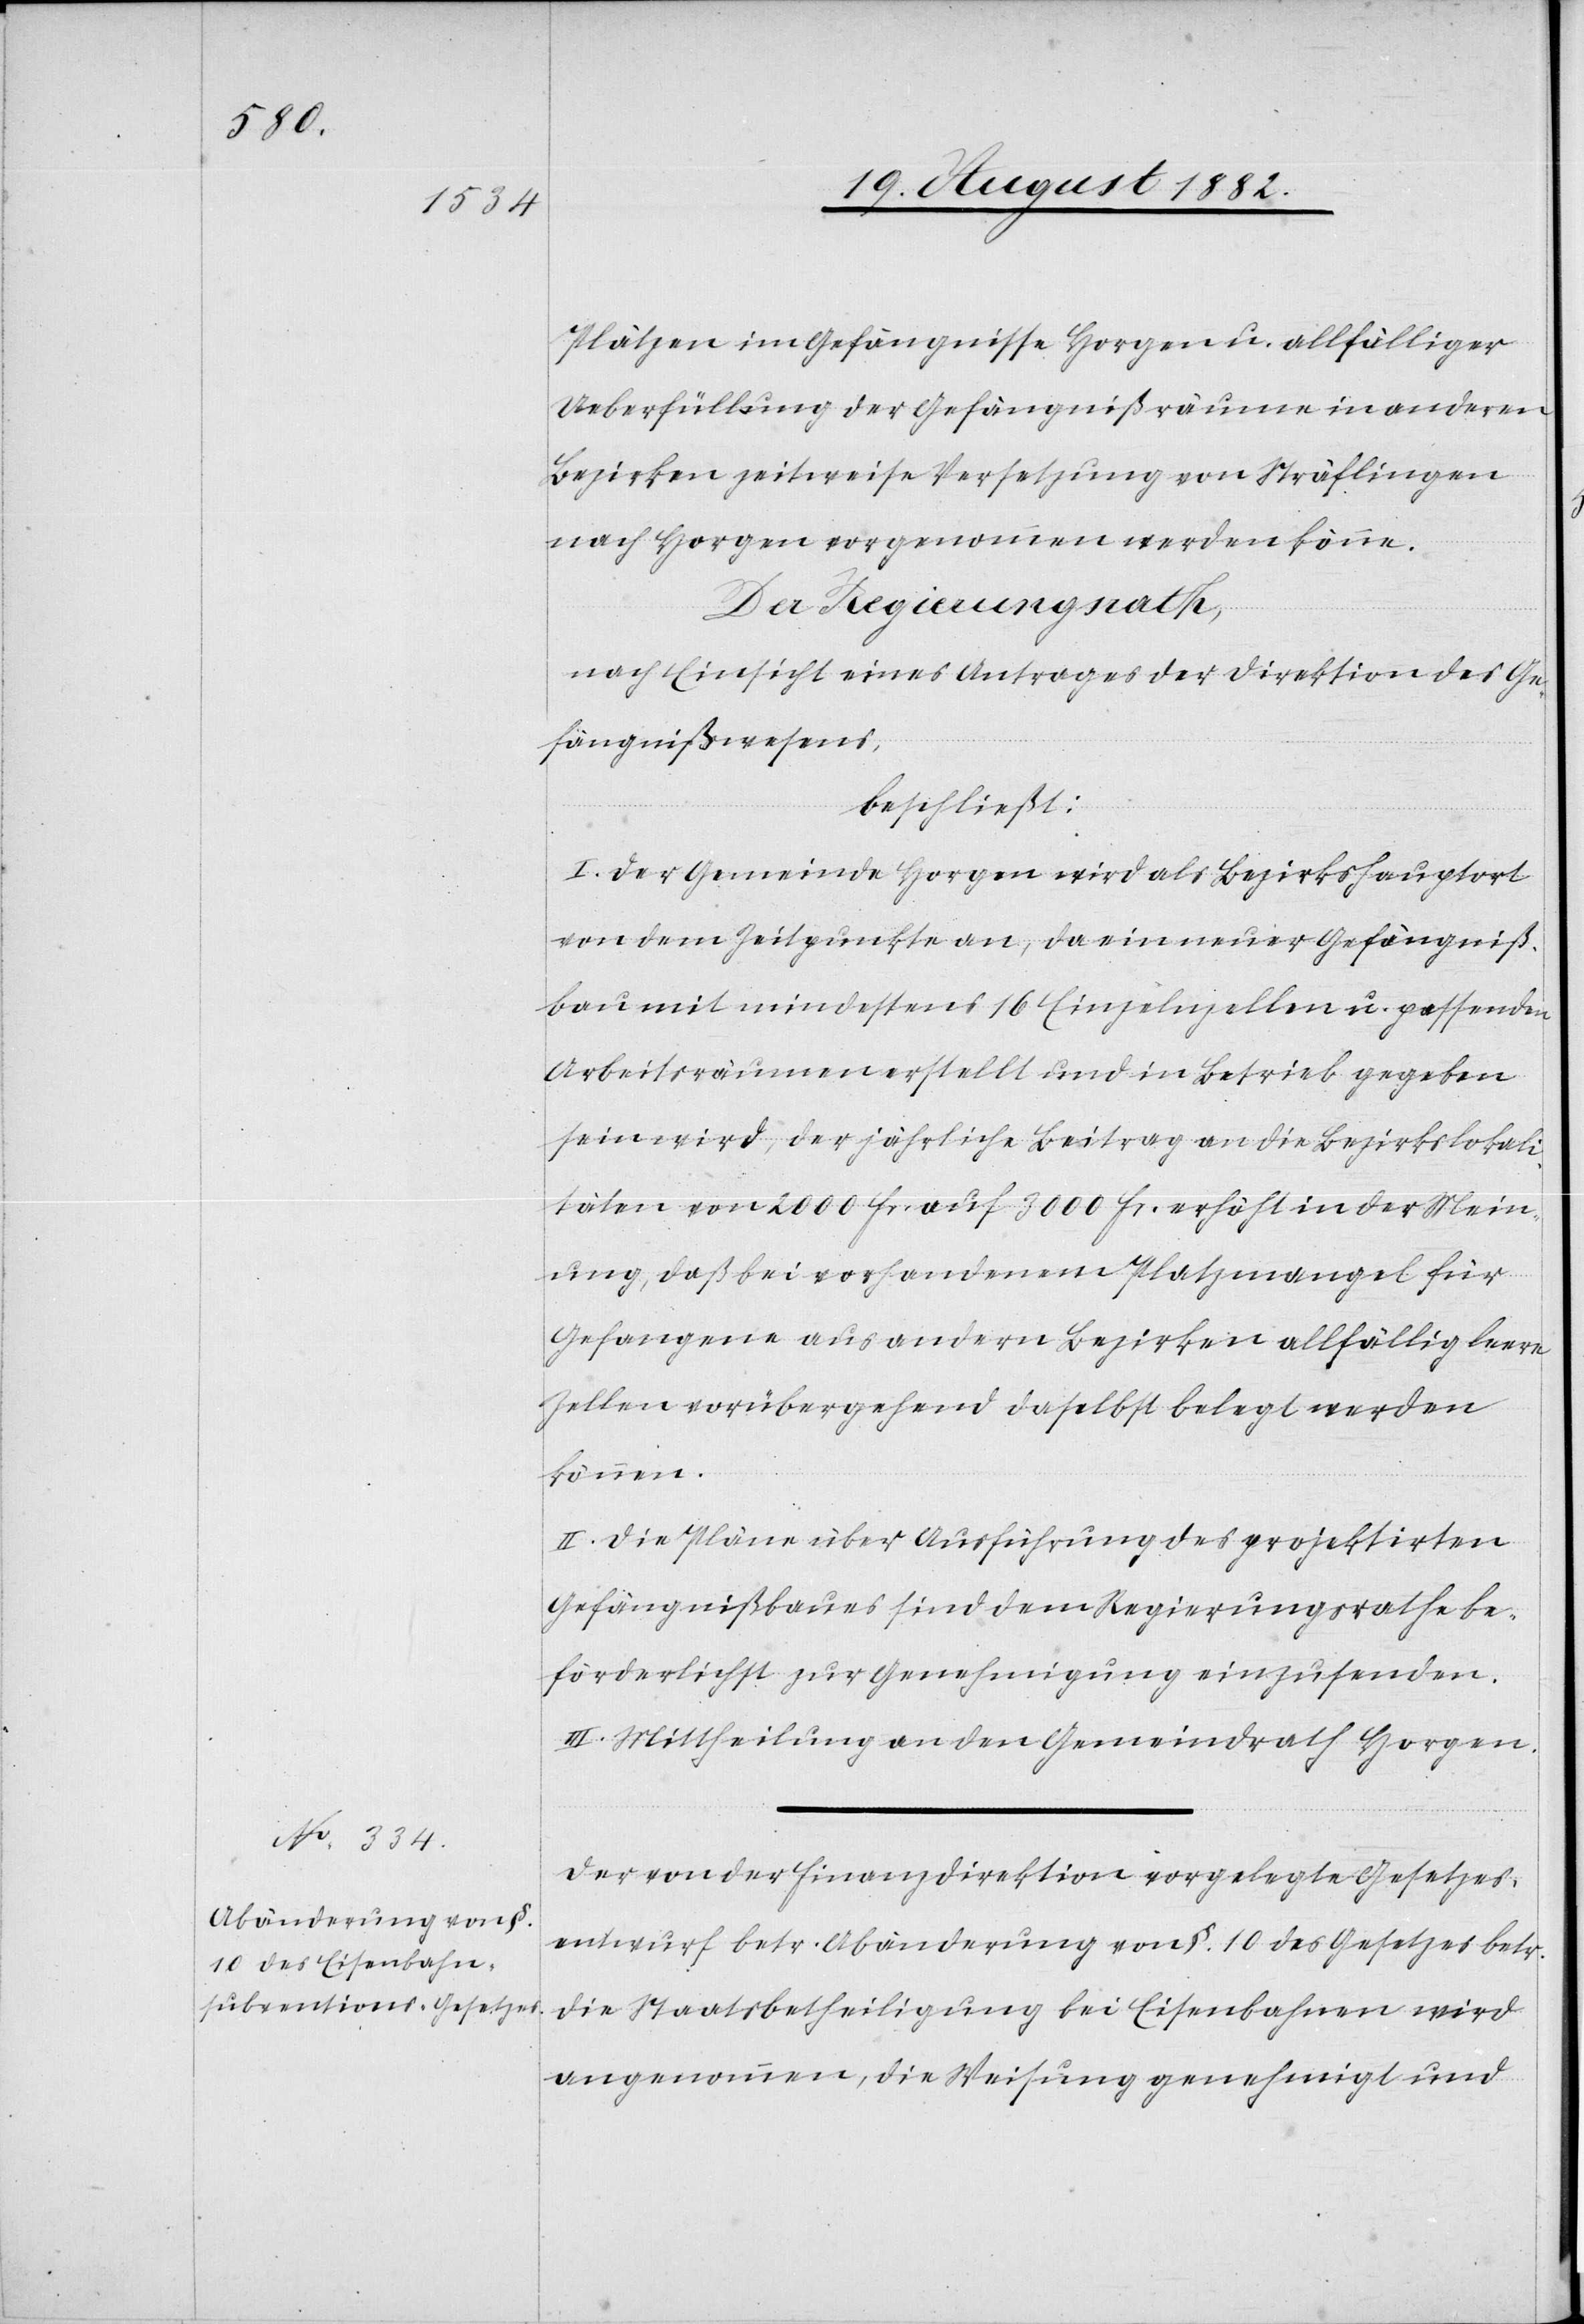
Plätzen im Gefängnisse Horgen u. allfälliger
Ueberfüllung der Gefängnißräume in anderen
Bezirken zeitweise Versetzung von Sträflingen
nach Horgen vorgenommen werden könne.
Der Regierungsrath,
nach Einsicht eines Antrages der Direktion des Ge¬
fängnißwesens,
beschließt:
I. Der Gemeinde Horgen wird als Bezirkshauptort
von dem Zeitpunkte an, da ein neuer Gefängniß¬
bau mit mindestens 16 Einzelnzellen u. passenden
Arbeitsräumen erstellt und in Betrieb gegeben
sein wird, der jährliche Beitrag an die Bezirkslokali¬
täten von 2000 Fr. auf 3000 Fr. erhöht in der Mein¬
ung, daß bei vorhandenem Platzmangel für
Gefangene aus andern Bezirken allfällig leere
Zellen vorübergehend daselbst belegt werden
können.
II. Die Pläne über Ausführung des projektirten
Gefängnißbaues sind dem Regierungsrathe be¬
förderlichst zur Genehmigung einzusenden.
III. Mittheilung an den Gemeindrath Horgen.
Der von der Finanzdirektion vorgelegte Gesetzes¬
entwurf betr. Abänderung von §. 10 des Gesetzes betr.
die Staatsbetheiligung bei Eisenbahnen wird
angenommen, die Weisung genehmigt und